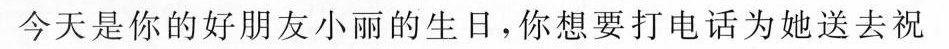
今天是你的好朋友小丽的生日，你想要打电话为她送去祝